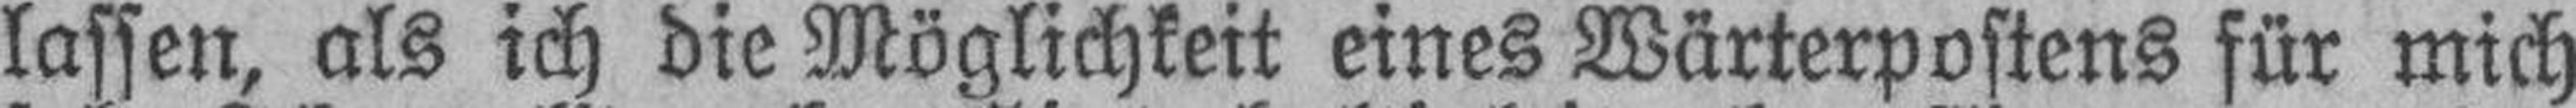
lassen, als ich die Möglichkeit eines Wärterpostens für mich